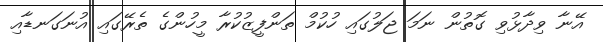
އޭނާ ވިދާޅުވި ގޮތުން ނަމަ ޖަލުގައި ހުކުމް ތަންފީޒުކުރާ މީހުންގެ ތެރޭގައި އުނަގަނޑާއި